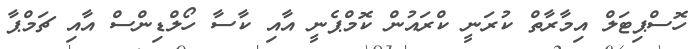
ހޮސްޕިޓަލް އިމާރާތް ކުރަނީ ކްރައުން ކޮމްޕެނީ އާއި ކާސާ ހޯލްޑިންސް އާއި ޗަމްޕާ